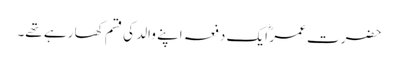
حضرت عمر ؓ ایک دفعہ اپنے والد کی قسم کھا رہے تھے۔